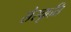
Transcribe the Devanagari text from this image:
सेस्कृति